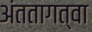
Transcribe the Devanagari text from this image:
अंततागत्वा